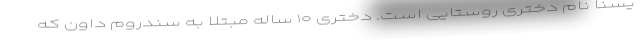
یسنا نام دختری روستایی است. دختری ۱۰ ساله مبتلا به سندروم داون که